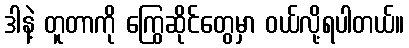
ဒါနဲ့ တူတာကို ကြွေဆိုင်တွေမှာ ဝယ်လို့ရပါတယ်။